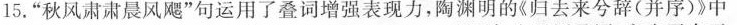
15.”秋风肃肃晨风飓”句运用了叠词增强表现力，陶渊明的《归去来兮辞(并序)》中